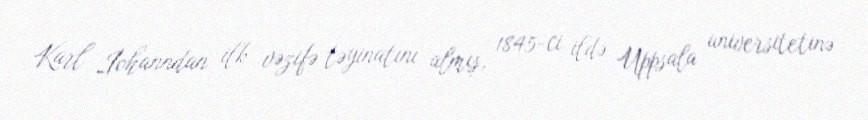
Karl İohanndan ilk vəzifə təyinatını almış, 1845-ci ildə Uppsala universitetinə